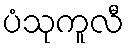
ပံသုကူလီ